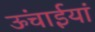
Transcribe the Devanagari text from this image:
ऊंचाईयां